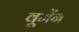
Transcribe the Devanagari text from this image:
वूमेंन